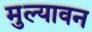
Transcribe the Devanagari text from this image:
मुल्यावन